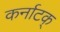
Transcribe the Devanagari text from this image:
कर्नाटक्